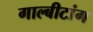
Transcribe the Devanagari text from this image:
गाल्बीटांग